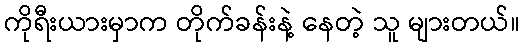
ကိုရီးယားမှာက တိုက်ခန်းနဲ့ နေတဲ့ သူ များတယ်။